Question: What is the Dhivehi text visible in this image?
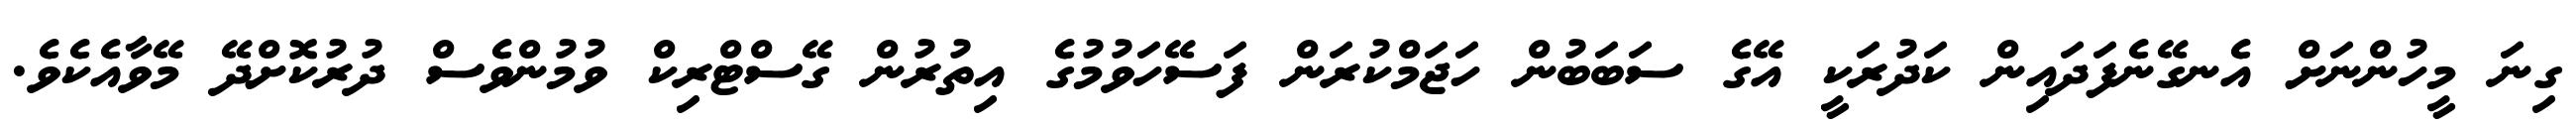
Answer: ގިނަ މީހުންނަށް އެނގޭނެފަދައިން ކަދުރަކީ އޭގެ ސަބަބުން ހަޖަމްކުރަން ފަސޭހަވުމުގެ އިތުރުން ގޭސްޓްރިކް ވުމުންވެސް ދުރުކޮށްދޭ މޭވާއެކެވެ.